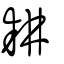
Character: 耕